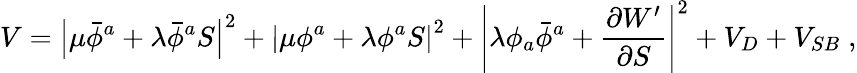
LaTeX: V=\left\vert\mu\bar{\phi}^{a}+\lambda\bar{\phi}^{a}S\right\vert^{2}+\left\vert\mu\phi^{a}+\lambda\phi^{a}S\right\vert^{2}+\left\vert\lambda\phi_{a}\bar{\phi}^{a}+\frac{\partial W^{\prime}}{\partial S}\right\vert^{2}+V_{D}+V_{SB}\; ,